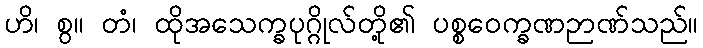
ဟိ၊ စွ။ တံ၊ ထိုအသေက္ခပုဂ္ဂိုလ်တို့၏ ပစ္စဝေက္ခဏဉာဏ်သည်။